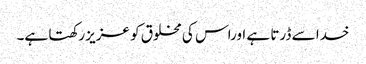
خدا سے ڈرتا ہے اوراس کی مخلوق کو عزیز رکھتا ہے۔